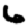
Digit: 6